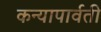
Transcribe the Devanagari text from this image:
कन्यापार्वती